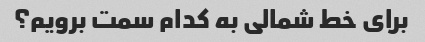
برای خط شمالی به کدام سمت برویم؟